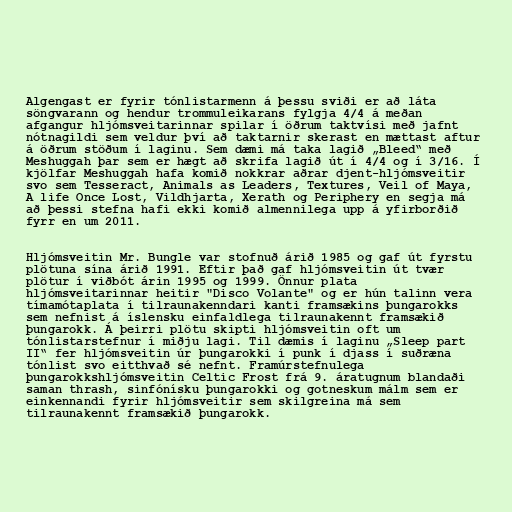
Algengast er fyrir tónlistarmenn á þessu sviði er að láta
söngvarann og hendur trommuleikarans fylgja 4/4 á meðan
afgangur hljómsveitarinnar spilar í öðrum taktvísi með jafnt
nótnagildi sem veldur því að taktarnir skerast en mættast aftur
á öðrum stöðum í laginu. Sem dæmi má taka lagið „Bleed“ með
Meshuggah þar sem er hægt að skrifa lagið út í 4/4 og í 3/16. Í
kjölfar Meshuggah hafa komið nokkrar aðrar djent-hljómsveitir
svo sem Tesseract, Animals as Leaders, Textures, Veil of Maya,
A life Once Lost, Vildhjarta, Xerath og Periphery en segja má
að þessi stefna hafi ekki komið almennilega upp á yfirborðið
fyrr en um 2011.

Hljómsveitin Mr. Bungle var stofnuð árið 1985 og gaf út fyrstu
plötuna sína árið 1991. Eftir það gaf hljómsveitin út tvær
plötur í viðbót árin 1995 og 1999. Önnur plata
hljómsveitarinnar heitir "Disco Volante" og er hún talinn vera
tímamótaplata í tilraunakenndari kanti framsækins þungarokks
sem nefnist á íslensku einfaldlega tilraunakennt framsækið
þungarokk. Á þeirri plötu skipti hljómsveitin oft um
tónlistarstefnur í miðju lagi. Til dæmis í laginu „Sleep part
II“ fer hljómsveitin úr þungarokki í punk í djass í suðræna
tónlist svo eitthvað sé nefnt. Framúrstefnulega
þungarokkshljómsveitin Celtic Frost frá 9. áratugnum blandaði
saman thrash, sinfónísku þungarokki og gotneskum málm sem er
einkennandi fyrir hljómsveitir sem skilgreina má sem
tilraunakennt framsækið þungarokk.